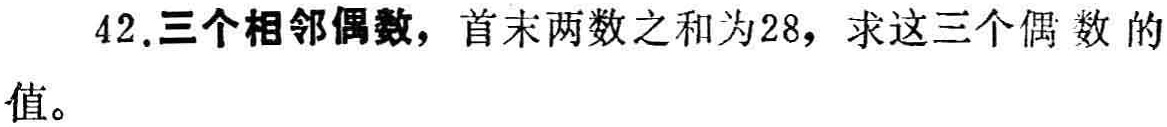
42.三个相邻偶数，首末两数之和为28，求这三个偶数的值。